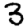
Digit: 3